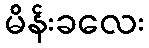
မိန်းခလေး